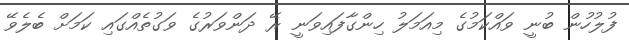
ފުލުހުން ބުނީ ވައްކަމުގެ މިއަމަލު ހިންގާފައިވަނީ ރޭ ދަންވަރުގެ ވަގުތެއްގައި ކަމަށް ބެލެވޭ